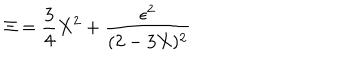
\Xi = { \frac { 3 } { 4 } } X ^ { 2 } + { \frac { \epsilon ^ { 2 } } { ( 2 - 3 X ) ^ { 2 } } }